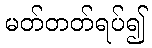
မတ်တတ်ရပ်၍